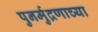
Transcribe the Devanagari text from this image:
पुनर्मुद्रणाच्या